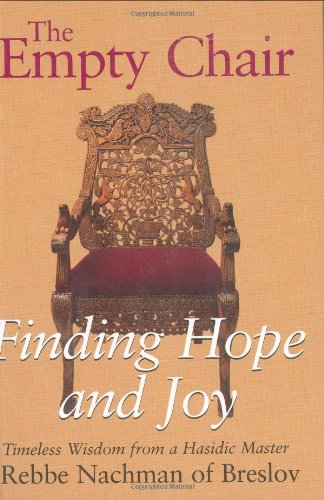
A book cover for The Empty Chair: Finding Hope and JoyTimeless Wisdom from a Hasidic Master, Rebbe Nachman of Breslov; Religion & Spirituality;